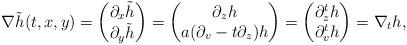
LaTeX: \begin{align*} \nabla \tilde{h}(t, x, y) = \begin{pmatrix} \partial_x \tilde h\\ \partial_y \tilde h \end{pmatrix} = \begin{pmatrix} \partial_z h\\ a(\partial_v-t\partial_z) h \end{pmatrix} = \begin{pmatrix} \partial^t_z h\\ \partial^t_v h \end{pmatrix} =\nabla_t h, \end{align*}